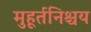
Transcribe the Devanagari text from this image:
मुहूर्तनिश्चय